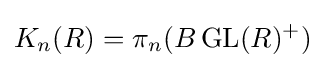
K_{n}(R)=\pi _{n}(B\operatorname {GL} (R)^{+})